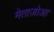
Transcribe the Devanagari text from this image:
मेताज़ोआ